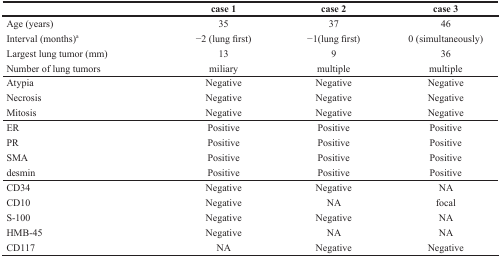
|  | case 1 | case 2 | case 3 |
 | --- | --- | --- | --- |
 | Age (years) | 35 | 37 | 46 |
 | Interval (months)a | −2 (lung first) | −1(lung first) | 0 (simultaneously) |
 | Largest lung tumor (mm) | 13 | 9 | 36 |
 | Number of lung tumors | miliary | multiple | multiple |
 | Atypia | Negative | Negative | Negative |
 | Necrosis | Negative | Negative | Negative |
 | Mitosis | Negative | Negative | Negative |
 | ER | Positive | Positive | Positive |
 | PR | Positive | Positive | Positive |
 | SMA | Positive | Positive | Positive |
 | desmin | Positive | Positive | Positive |
 | CD34 | Negative | Negative | NA |
 | CD10 | Negative | NA | focal |
 | S-100 | Negative | Negative | NA |
 | HMB-45 | Negative | NA | NA |
 | CD117 | NA | Negative | Negative |